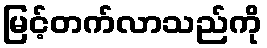
မြင့်တက်လာသည်ကို